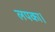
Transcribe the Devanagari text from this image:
लपका।